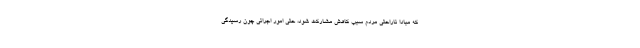
که مبادا ناراحتی مردم سبب کاهش مشارکت شود، حتی امور اجرائی چون رسیدگی